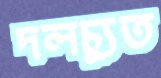
দলচ্যুত